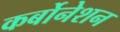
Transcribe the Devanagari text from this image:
कर्बोनेशन